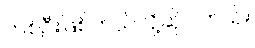
တစ်ဦးဖြစ်တယ်လို့ဆိုပါတယ်။